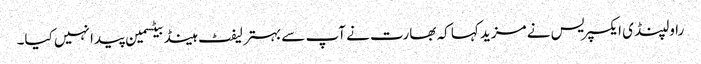
راولپنڈی ایکسپریس نے مزید کہا کہ بھارت نے آپ سے بہتر لیفٹ ہینڈ بیٹسمین پیدا نہیں کیا۔